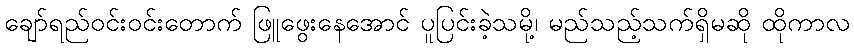
ချော်ရည်ဝင်းဝင်းတောက် ဖြူဖွေးနေအောင် ပူပြင်းခဲ့သမို့၊ မည်သည့်သက်ရှိမဆို ထိုကာလ